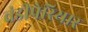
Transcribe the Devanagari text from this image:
वंडीपेरियार